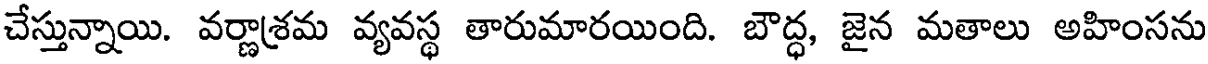
చేస్తున్నాయి. వర్ణాశ్రమ వ్యవస్థ తారుమారయింది. బౌద్ధ, జైన మతాలు అహింసను